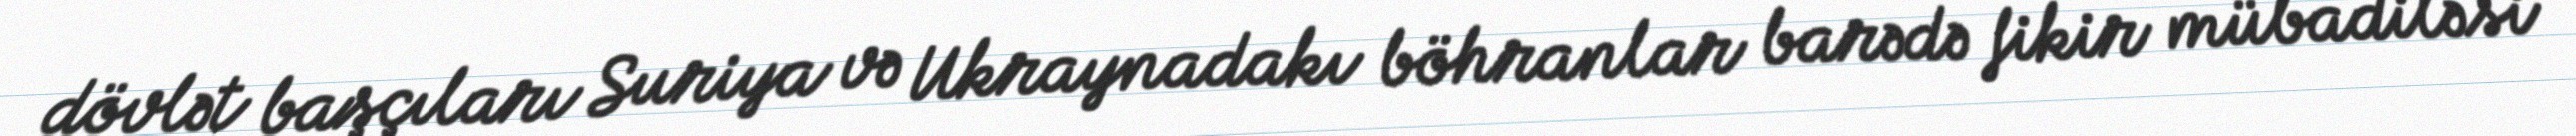
dövlət başçıları Suriya və Ukraynadakı böhranlar barədə fikir mübadiləsi